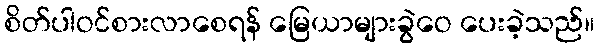
စိတ်ပါဝင်စားလာစေရန် မြေယာများခွဲဝေ ပေးခဲ့သည်။